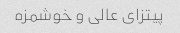
پیتزای عالی و خوشمزه